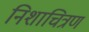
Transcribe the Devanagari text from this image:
निशाचित्रण